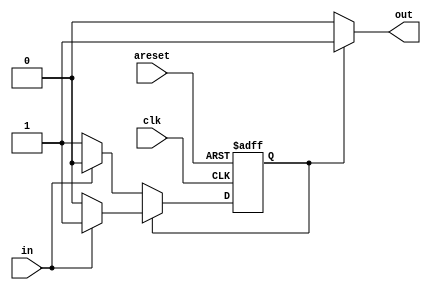
module top_module(
    input clk,
    input areset,    // Asynchronous reset to state B
    input in,
    output out);//  

    parameter A=1'b0, B=1'b1; 
    reg state, next_state;

    always @(*) begin    // This is a combinational always block
        // State transition logic
        if(state == B) begin
            if(in == 1'b1) begin
                next_state = B;
            end else begin
                next_state = A;
            end
        end else begin
            if(in == 1'b1) begin
                next_state = A;
            end else begin
                next_state = B;
            end
        end
    end

    always @(posedge clk, posedge areset) begin    // This is a sequential always block
        // State flip-flops with asynchronous reset
        if(areset) begin
            state <= B;
        end else if(clk) begin
            state <= next_state;
        end
    end

    // Output logic
    assign out = (state == A)?1'b0:1'b1;
endmodule